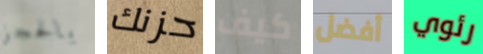
بالحجز حزنك كيف أفضل رئوي